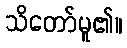
သိတော်မူ၏။